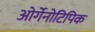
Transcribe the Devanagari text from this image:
ओर्गेनोटिपिक